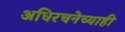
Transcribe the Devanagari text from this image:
अधिरचनेच्याही